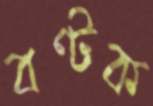
বণ্টক